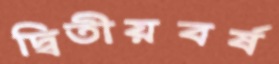
দ্বিতীয়বর্ষ